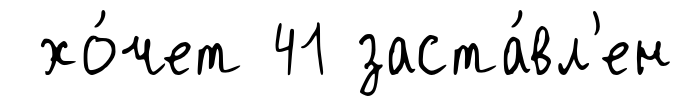
хо́чет 41 заста́вл'ен